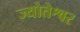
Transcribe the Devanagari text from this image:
ज्योतेश्वर